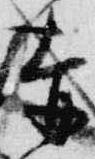
赤